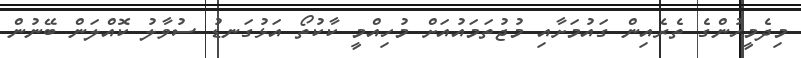
މިދެމީހުންގެ ތެރެއިން ގައުމަށާއި މުޖުތަމައުއަށް މުހިއްމީ ކާކުތޯ އަޅުގަނޑު ސުވާލު ކޮއްލަން ބޭނުން